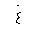
Letter: _gayn